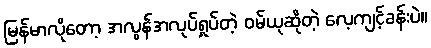
မြန်မာလိုတော့ အလွန်အလုပ်ရှုပ်တဲ့ ဝမ်ယုဆိုတဲ့ လေ့ကျင့်ခန်းပဲ။